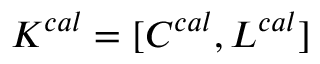
K ^ { c a l } = [ C ^ { c a l } , L ^ { c a l } ]